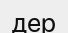
дер